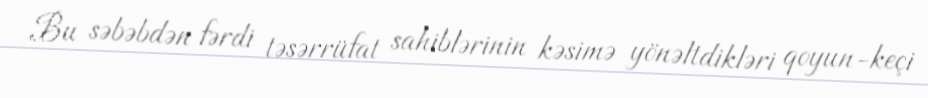
Bu səbəbdən fərdi təsərrüfat sahiblərinin kəsimə yönəltdikləri qoyun-keçi